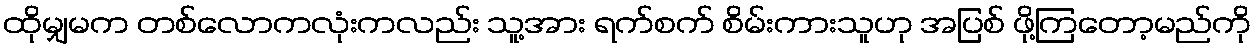
ထိုမျှမက တစ်လောကလုံးကလည်း သူ့အား ရက်စက် စိမ်းကားသူဟု အပြစ် ဖို့ကြတော့မည်ကို